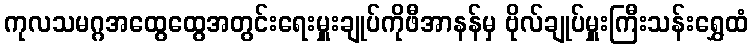
ကုလသမဂ္ဂအထွေထွေအတွင်းရေးမှူးချုပ်ကိုဖီအာနန်မှ ဗိုလ်ချုပ်မှူးကြီးသန်းရွှေထံ